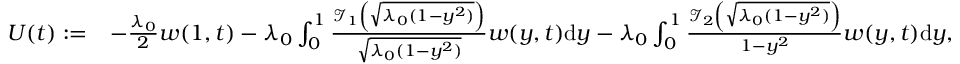
\begin{array} { r l } { U ( t ) : = } & { - \frac { \lambda _ { 0 } } { 2 } w ( 1 , t ) - \lambda _ { 0 } \int _ { 0 } ^ { 1 } \frac { \mathcal { I } _ { 1 } \left( \sqrt { \lambda _ { 0 } ( 1 - y ^ { 2 } ) } \right) } { \sqrt { \lambda _ { 0 } ( 1 - y ^ { 2 } ) } } w ( y , t ) \mathrm { d } y - \lambda _ { 0 } \int _ { 0 } ^ { 1 } \frac { \mathcal { I } _ { 2 } \left( \sqrt { \lambda _ { 0 } ( 1 - y ^ { 2 } ) } \right) } { { 1 - y ^ { 2 } } } w ( y , t ) \mathrm { d } y , } \end{array}